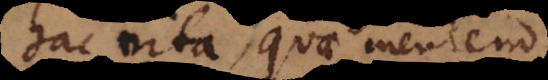
hac vita, quae mentem